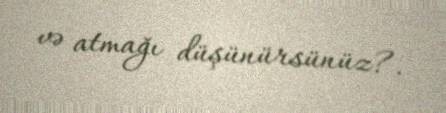
və atmağı düşünürsünüz?.